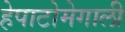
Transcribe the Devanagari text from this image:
हेपाटोमेगाली